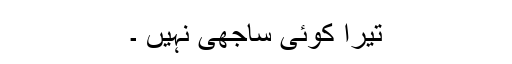
تیرا کوئی ساجھی نہیں ۔